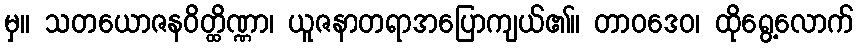
မှ။ သတယောဇနဝိတ္ထိဏ္ဏာ၊ ယူဇနာတရာအပြောကျယ်၏။ တာဝဒေဝ၊ ထိုရွေ့လောက်